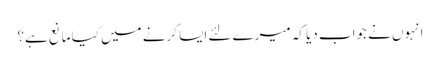
انہوں نے جواب دیا کہ میرے لئے ایسا کرنے میں کیا مانع ہے؟